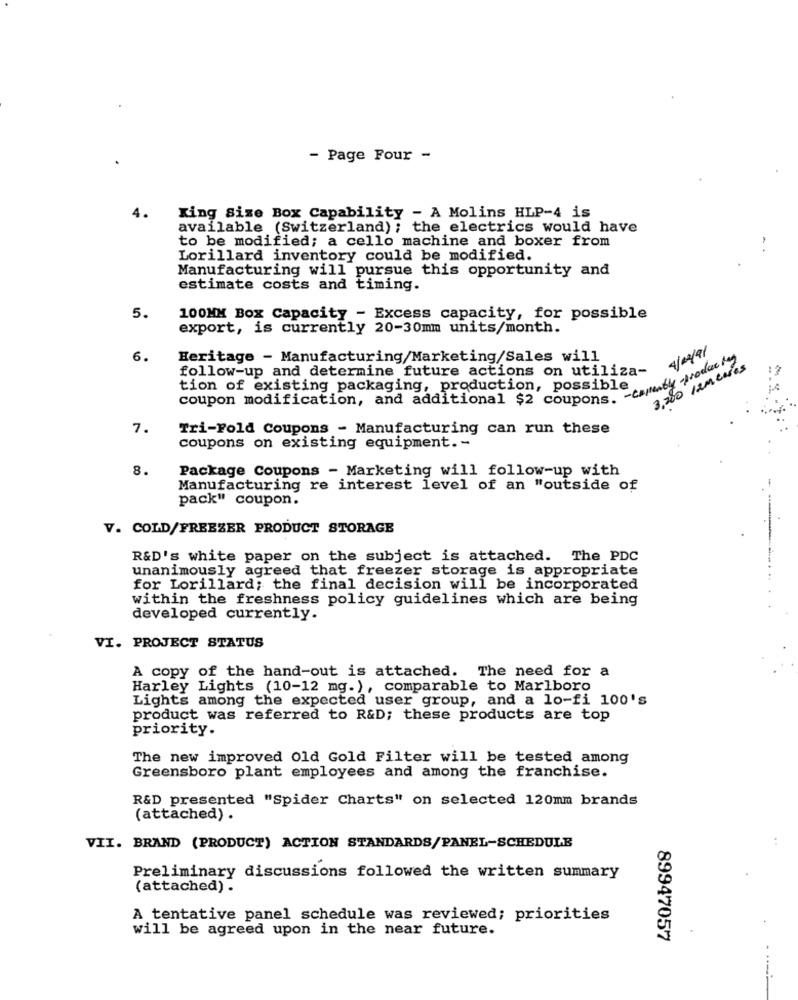
- Page Four -
4.
King Size Box Capability - A Molins HLP-4 is
available (Switzerland) ; the electrics would have
to be modified; a cello machine and boxer from
Lorillard inventory could be modified.
Manufacturing will pursue this opportunity and
estimate costs and timing.
5.
100MM Box Capacity - Excess capacity, for possible
export, is currently 20-30mm units/month.
4/09/91
6.
Heritage - Manufacturing/Marketing/Sales will
follow-up and determine future actions on utiliza-
3,200 12MENOS
coupon modification, and additional $2 coups --- by call
tion of existing packaging, production, possible
7.
Tri-Fold Coupons - Manufacturing can run these
coupons on existing equipment. -
8.
Package Coupons - Marketing will follow-up with
Manufacturing re interest level of an "outside of
-
pack" coupon.
V. COLD/FREEZER PRODUCT STORAGE
R&D's white paper on the subject is attached. The PDC
unanimously agreed that freezer storage is appropriate
for Lorillard; the final decision will be incorporated
within the freshness policy guidelines which are being
developed currently.
VI. PROJECT STATUS
A copy of the hand-out is attached. The need for a
Harley Lights (10-12 mg. ), comparable to Marlboro
Lights among the expected user group, and a lo-fi 100's
product was referred to R&D; these products are top
priority.
The new improved Old Gold Filter will be tested among
Greensboro plant employees and among the franchise.
R&D presented "Spider Charts" on selected 120mm brands
(attached) .
VII. BRAND (PRODUCT) ACTION STANDARDS/PANEL-SCHEDULE
Preliminary discussions followed the written summary
(attached) .
A tentative panel schedule was reviewed; priorities
will be agreed upon in the near future.
89947057